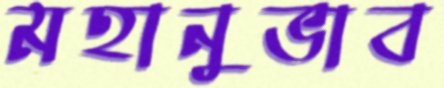
মহানুভাব